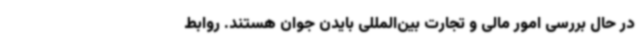
در حال بررسی امور مالی و تجارت بین‌المللی بایدن جوان هستند. روابط